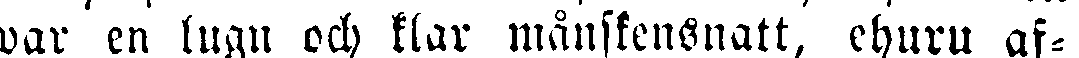
war en lugn och klar månskensnatt, ehuru af-